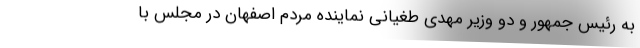
به رئیس جمهور و دو وزیر مهدی طغیانی نماینده مردم اصفهان در مجلس با